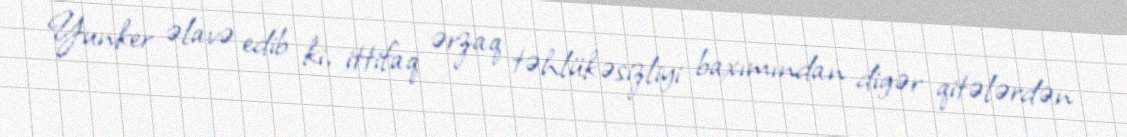
Yunker əlavə edib ki, ittifaq ərzaq təhlükəsizliyi baxımından digər qitələrdən